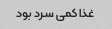
غذا کمی سرد بود